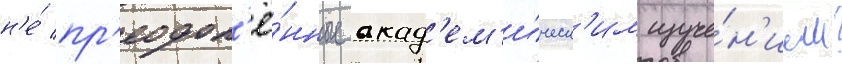
н'е́ пр'еодол'ё́нные акад'ем'и́ческ'им изуче́н'ием